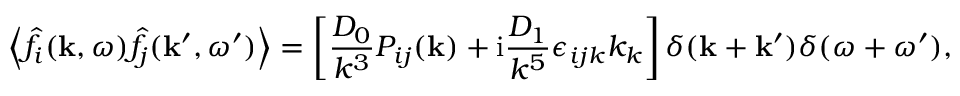
\left\langle \hat { f } _ { i } ( \mathbf { k } , \omega ) \hat { f } _ { j } ( \mathbf { k } ^ { \prime } , \omega ^ { \prime } ) \right\rangle = \left[ \frac { D _ { 0 } } { k ^ { 3 } } P _ { i j } ( \mathbf { k } ) + \mathrm { i } \frac { D _ { 1 } } { k ^ { 5 } } \epsilon _ { i j k } k _ { k } \right] \delta ( \mathbf { k } + \mathbf { k } ^ { \prime } ) \delta ( \omega + \omega ^ { \prime } ) ,